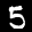
Label: 5